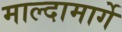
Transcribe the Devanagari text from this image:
माल्दामार्गे